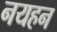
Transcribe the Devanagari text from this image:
नयहन